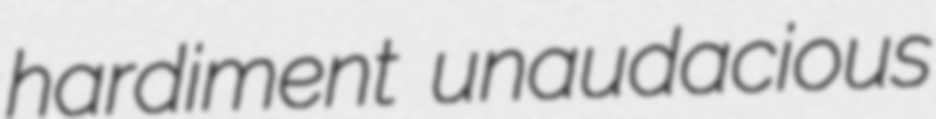
hardiment unaudacious